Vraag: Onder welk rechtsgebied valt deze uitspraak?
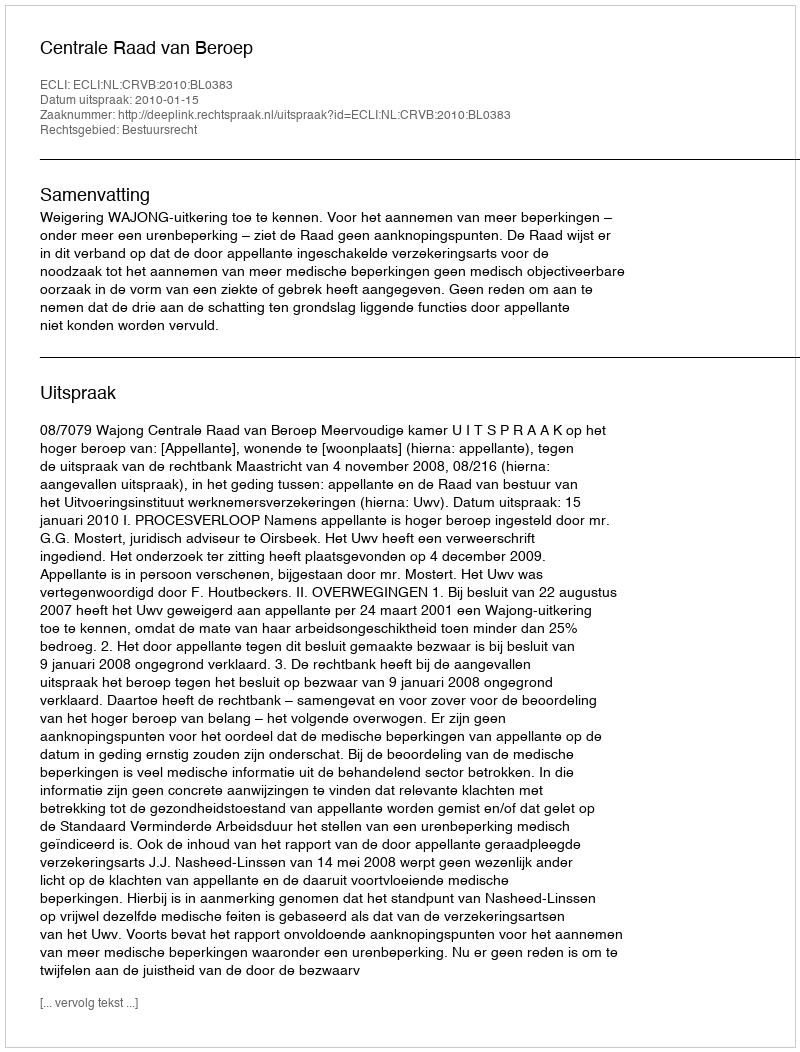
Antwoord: Bestuursrecht